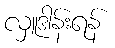
လှူဒါန်းရန်